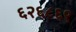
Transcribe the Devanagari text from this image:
६२६८६९